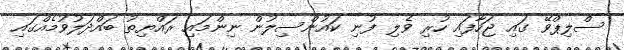
ސްލިޕްވޭ ގައި ޖަހާފައި ހުރި ވެލި ފުނި ކައުންސިލުން ނިންމައި ރައްޔިތު ބައްދަލުވުމެއްގައި